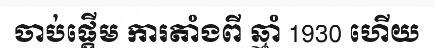
ចាប់ផ្តើម ការតាំងពី ឆ្មាំ 1930 ហើយ